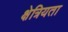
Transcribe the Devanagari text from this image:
क्षेत्रियता